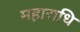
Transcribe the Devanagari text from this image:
महाराधि